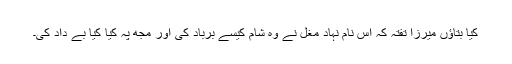
کیا بتاؤں میرزا تفتہ کہ اُس نام نہاد مغل نے وہ شام کیسے برباد کی اور مجھ پہ کیا کیا بے داد کی۔